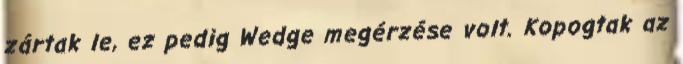
zártak le, ez pedig Wedge megérzése volt. Kopogtak az